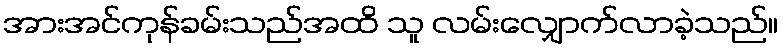
အားအင်ကုန်ခမ်းသည်အထိ သူ လမ်းလျှောက်လာခဲ့သည်။